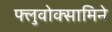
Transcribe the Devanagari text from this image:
फ्लुवोक्सामिने